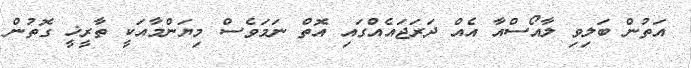
އަތުން ބަލިވި ލާއޯސްއާ އެއް ދަރަޖައެއްގައި އޮތް ނަމަވެސް މިޔަންމާއަކީ ތާރީޚީ ގޮތުން